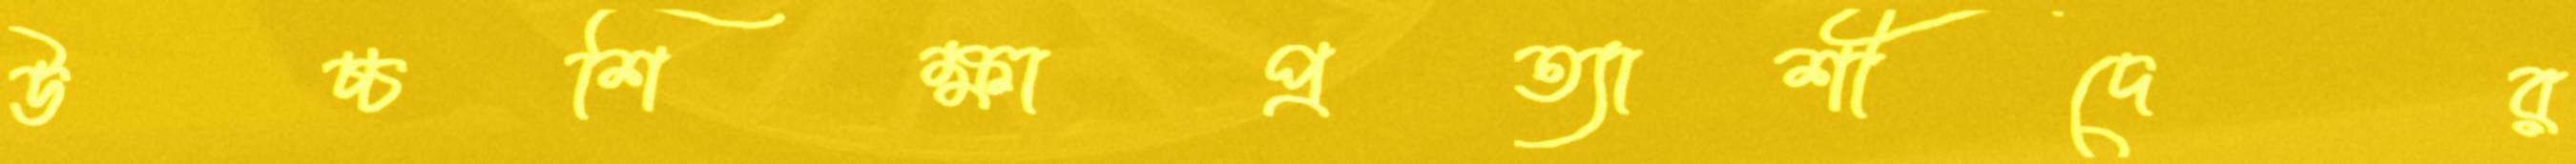
উচ্চশিক্ষাপ্রত্যাশীদের